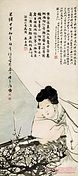
独抱影儿眠，背看灯花落。